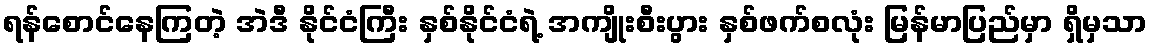
ရန်စောင်နေကြတဲ့ အဲဒီ နိုင်ငံကြီး နှစ်နိုင်ငံရဲ့ အကျိုးစီးပွား နှစ်ဖက်စလုံး မြန်မာပြည်မှာ ရှိမှသာ